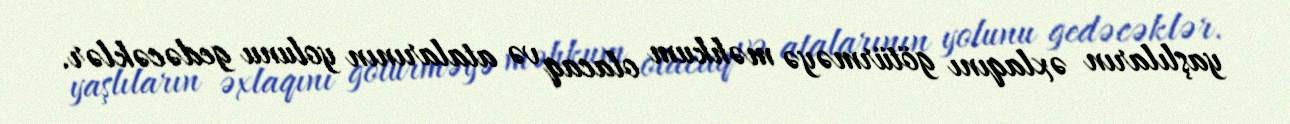
yaşlıların əxlaqını götürməyə məhkum olacaq və atalarının yolunu gedəcəklər.